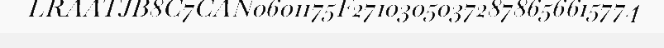
LRAATJB8C7CAN0601175F27103050372878656615774